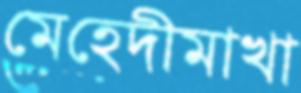
মেহেদীমাখা